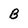
Character: b